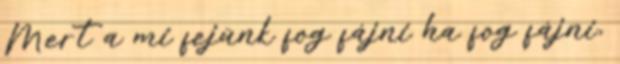
Mert a mi fejünk fog fájni ha fog fájni,